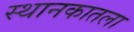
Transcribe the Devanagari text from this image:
स्थानकातला